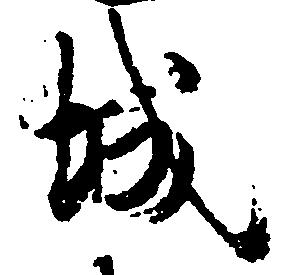
城